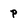
Character: P